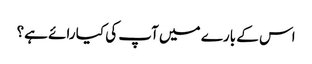
اس کے بارے میں آپ کی کیا رائے ہے؟